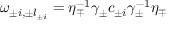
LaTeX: \omega _ { \pm i , \pm l _ { \pm i } } = \eta _ { \mp } ^ { - 1 } \gamma _ { \pm } c _ { \pm i } \gamma _ { \pm } ^ { - 1 } \eta _ { \mp }